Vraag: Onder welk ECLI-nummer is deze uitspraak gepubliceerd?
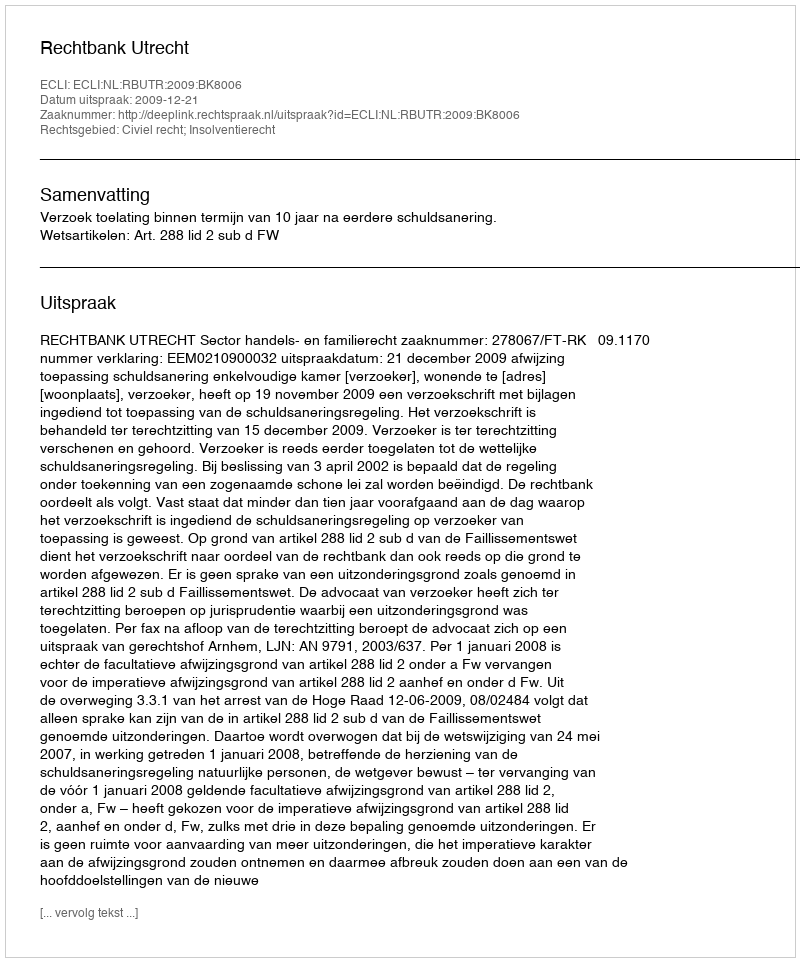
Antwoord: ECLI:NL:RBUTR:2009:BK8006